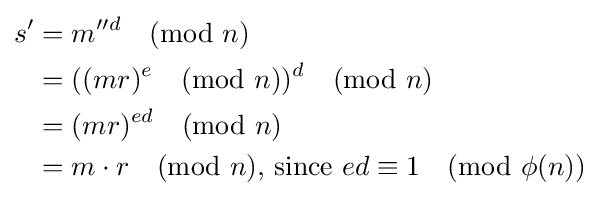
{\begin{aligned}s'&=m''^{d}{\pmod {n}}\\&=((mr)^{e}{\pmod {n}})^{d}{\pmod {n}}\\&=(mr)^{ed}{\pmod {n}}\\&=m\cdot r{\pmod {n}}{\mbox{, since }}ed\equiv 1{\pmod {\phi (n)}}\\\end{aligned}}